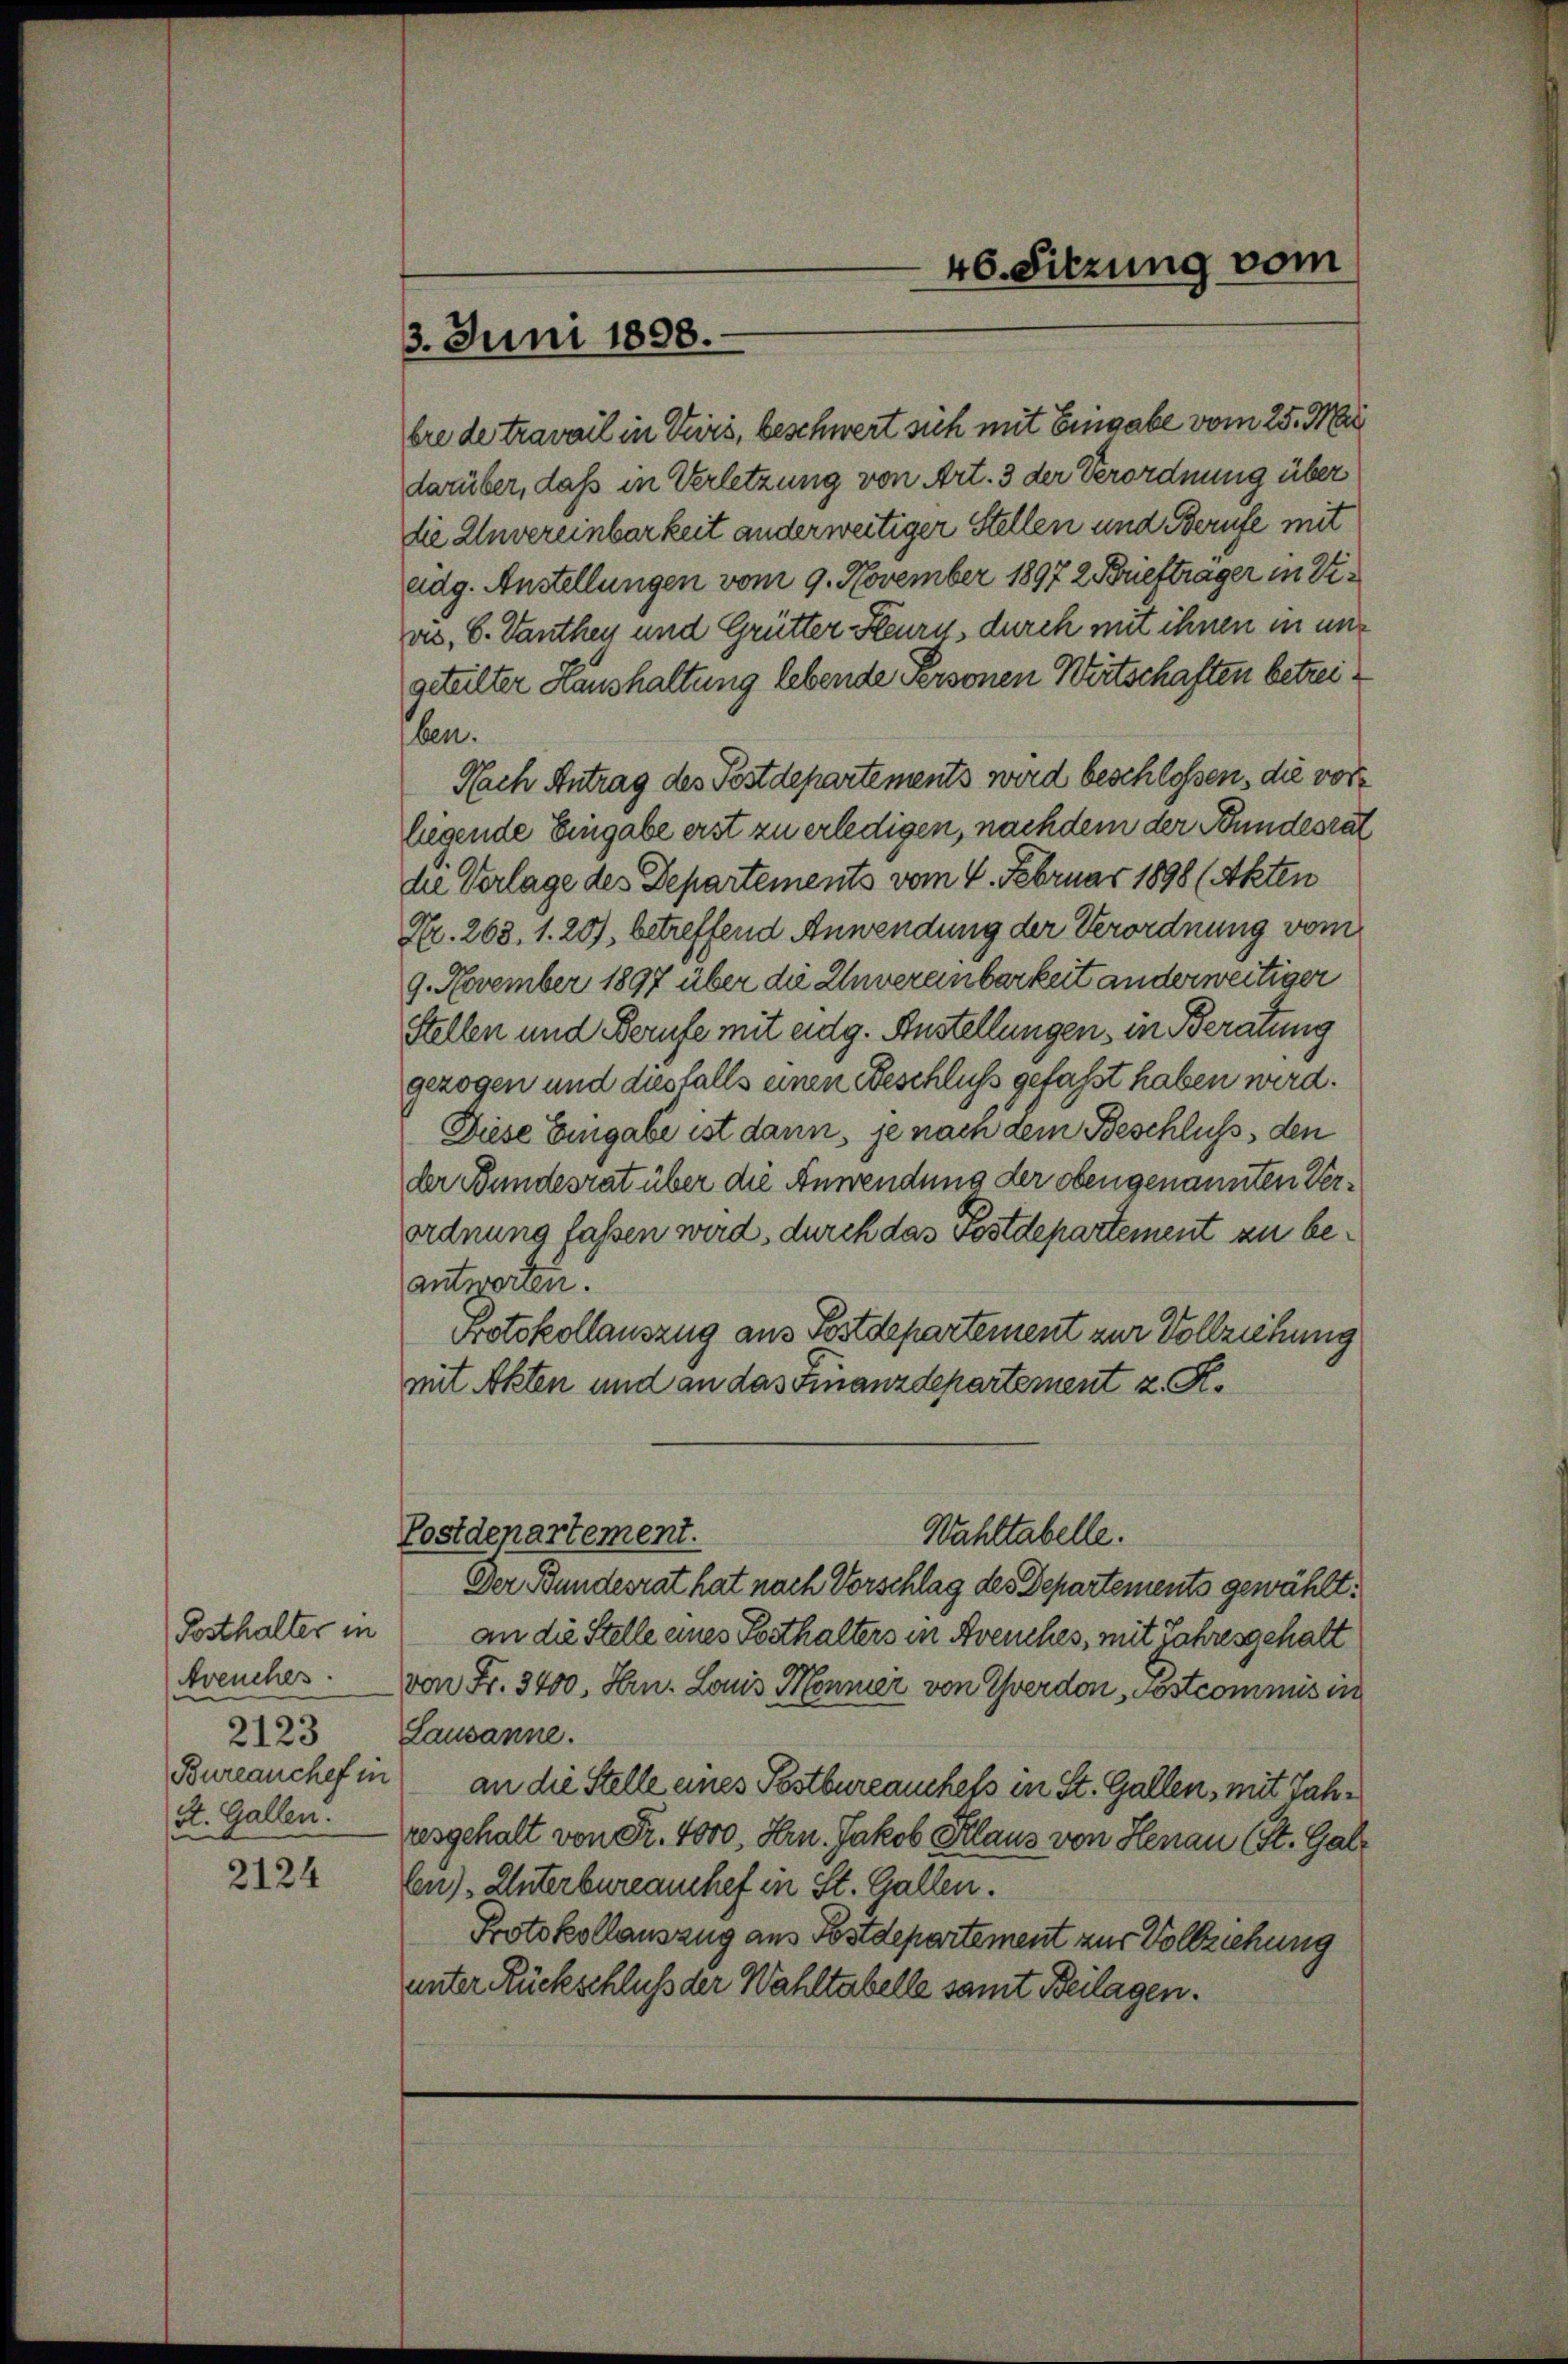
Posthalter in
2123
Bureauchef in
St. Gallen.

2124

46. Sitzung vom
3. Juni 1898.

bre de travail in Tuirs, beschwert sich mit Eingabe vom 25. Mai
darüber, daß in Verletzung von Art. 3 der Verordnung über
die Unvereinbarkeit anderweitiger Stellen und Berufe mit
adg. Anstellungen vom 9. November 1897 2 Briefträger in Vivs, 8. Tanthey und Grütter Heures, durch mit ihnen in ungeteilter Haushaltung lebende Personen Wirtschaften betreiben.
Nach Antrag des Postdepartements wird beschlossen, die vore
liegende Eingabe erst zu erledigen, nachdem der Bundesrat
die Verlage des Departements vom 4. Februar 1898 (Akten
Nr. 268. 1. 207, betreffend Anwendung der Verordnung vom
9. November 1897 über die Unvereinbarkeit anderweitiger
Stellen und Berufe mit eidg. Anstellungen, in Beratung
gezogen und diesfalls einen Beschluss gefaßt haben wird.
Diese Eingabe ist dann, je nach dem Beschluss, den
der Bundesrat über die Anwendung der oben genannten Verordnung fassen wird, durch das vostdepartement zu beantworten.
Protokollauszug aus Postdepartement zur Vollziehung
mit Akten und an das Finanzdepartement z. R.
Postdepartement.
Wahltabelle.
Der Bundesrat hat nach Vorschlag des Departements gewählt:
an die Stelle eines Posthalters in Avenches, mit Jahresgehalt
Avenches von Fr. 3400. Hrn. Louis Monner von Yverdon Pöstcommis in
Lausanne.
an die Stelle eines Postbureauchels in St. Gallen, mit Jahresgehalt von Fr. 4000. Hrn. Jakob Klaus von Henau (St. Gal¬
En) Unterbureauchef in St. Gallen.
Protokollauszug aus Postdepartement zur Vollziehung
unter Rückschluß der Wahltabelle samt Beilagen.